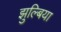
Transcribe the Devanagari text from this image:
झुल्बिया